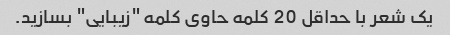
یک شعر با حداقل 20 کلمه حاوی کلمه "زیبایی" بسازید.